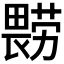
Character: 𰣔